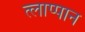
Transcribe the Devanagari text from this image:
त्लाप्पान